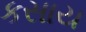
કસાય